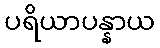
ပရိယာပန္နာယ